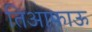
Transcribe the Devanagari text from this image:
तिआफाऊ